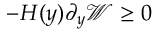
- H ( y ) \partial _ { y } \mathcal { W } \geq 0